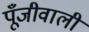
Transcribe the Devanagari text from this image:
पूँजीवाली